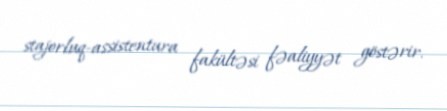
stajorluq-assistentura fakültəsi fəaliyyət göstərir.